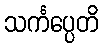
သင်္ကပ္ပေတိ